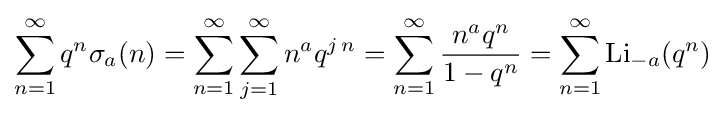
\sum _{n=1}^{\infty }q^{n}\sigma _{a}(n)=\sum _{n=1}^{\infty }\sum _{j=1}^{\infty }n^{a}q^{j\,n}=\sum _{n=1}^{\infty }{\frac {n^{a}q^{n}}{1-q^{n}}}=\sum _{n=1}^{\infty }\operatorname {Li} _{-a}(q^{n})